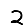
Digit: 2